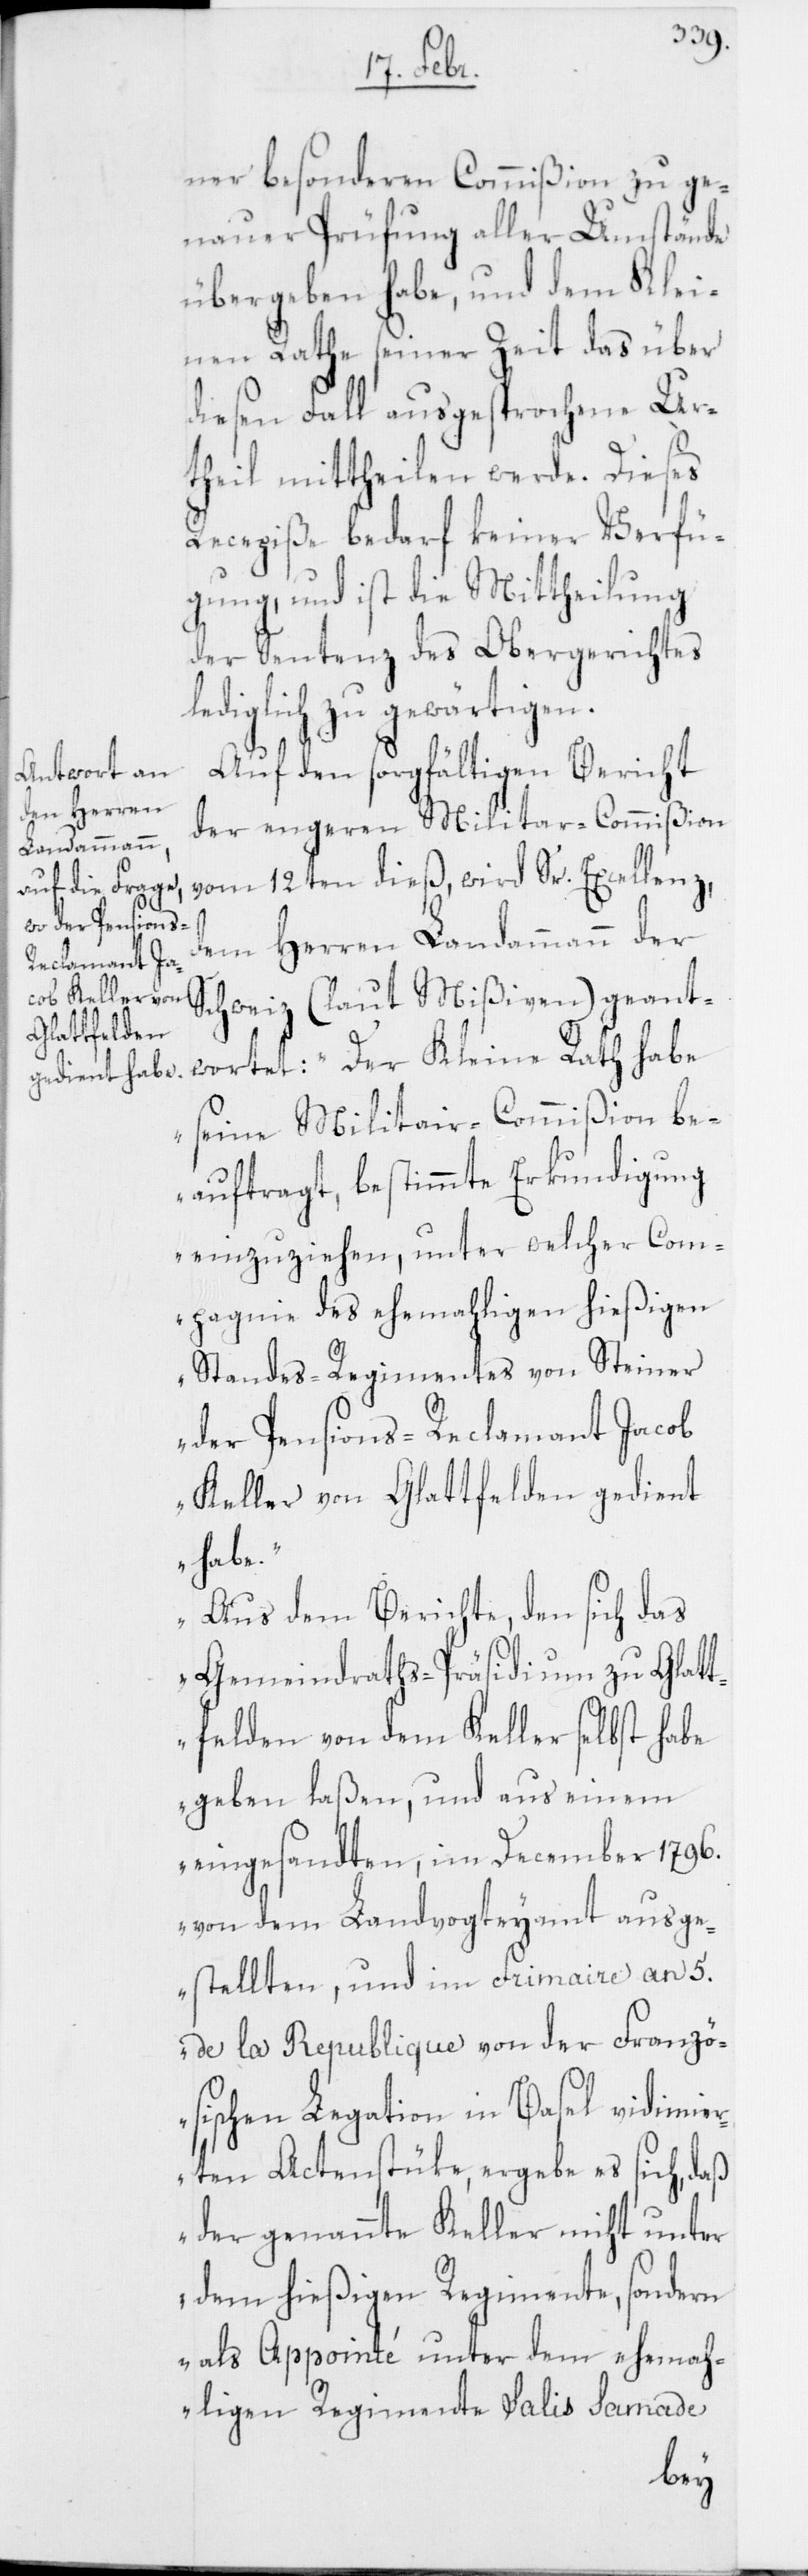
ner besonderen Commißion zu ge¬
nauer Prüfung aller Umstände
übergeben habe, und dem Klei¬
nen Rathe seiner Zeit das über
diesen Fall ausgesprochene Ur¬
theil mittheilen werde. Dieses
Recepiße bedarf keiner Verfü¬
gung, und ist die Mittheilung
der Sentenz des Obergerichtes
diglich zu gewärtigen.
Auf den sorgfältigen Bericht
der engeren Militar-Commißion
vom 12ten dieß, wird Sr. Excellenz,
dem Herren Landammann der
Schweiz (laut Mißiven) geant¬
wortet: „Der Kleine Rath habe
seine Militar-Commißion be¬
auftragt, bestimmte Erkundigung
einzuziehen, unter welcher Com¬
pagnie des ehemahligen hießigen
Standes-Regimentes von Steiner
der Pensions-Reclamant Jacob
Keller von Glattfelden gedient
habe.
Aus dem Berichte, den sich das
Gemeindraths-Präsidium zu Glatt¬
felden von dem Keller selbst habe
geben laßen, und aus einem
eingesandten, im December 1796.
von dem Landvogteyamt ausge¬
stellten, und im Frimaire an 5.
de la Republique von der Franzö¬
sischen Legation in Basel vidimier¬
ten Actenstüke, ergebe es sich, daß
der genannte Keller nicht unter
dem hießigen Regimente, sondern
als Appointé unter dem ehemah¬
ligen Regimente Salis Samade
le¬